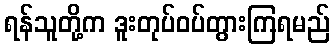
ရန်သူတို့က ဒူးတုပ်ဝပ်တွားကြရမည်